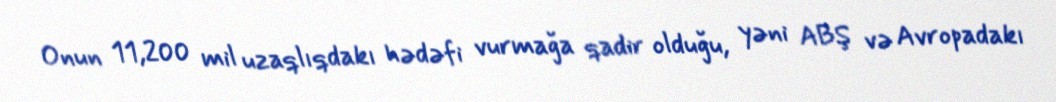
Onun 11,200 mil uzaqlıqdakı hədəfi vurmağa qadir olduğu, yəni ABŞ və Avropadakı